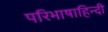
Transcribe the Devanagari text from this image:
परिभाषाहिन्दी